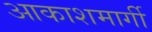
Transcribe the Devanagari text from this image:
आकाशमार्गी